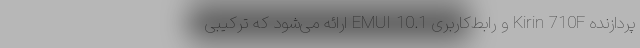
پردازنده Kirin 710F و رابط‌کاربری EMUI 10.1 ارائه می‌شود که ترکیبی